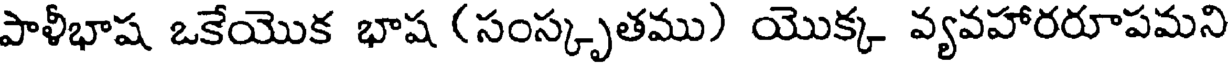
పాళీభాష ఒకేయొక భాష (సంస్కృతము) యొక్క వ్యవహారరూపమని